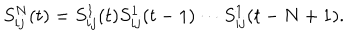
S _ { i j } ^ { N } ( t ) = S _ { i j } ^ { 1 } ( t ) S _ { i j } ^ { 1 } ( t - 1 ) \cdots S _ { i j } ^ { 1 } ( t - N + 1 ) .